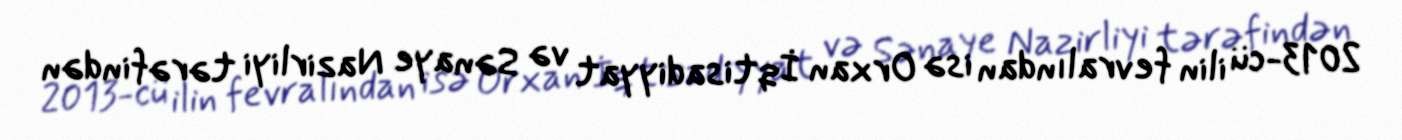
2013-cü ilin fevralından isə Orxan İqtisadiyyat və Sənaye Nazirliyi tərəfindən